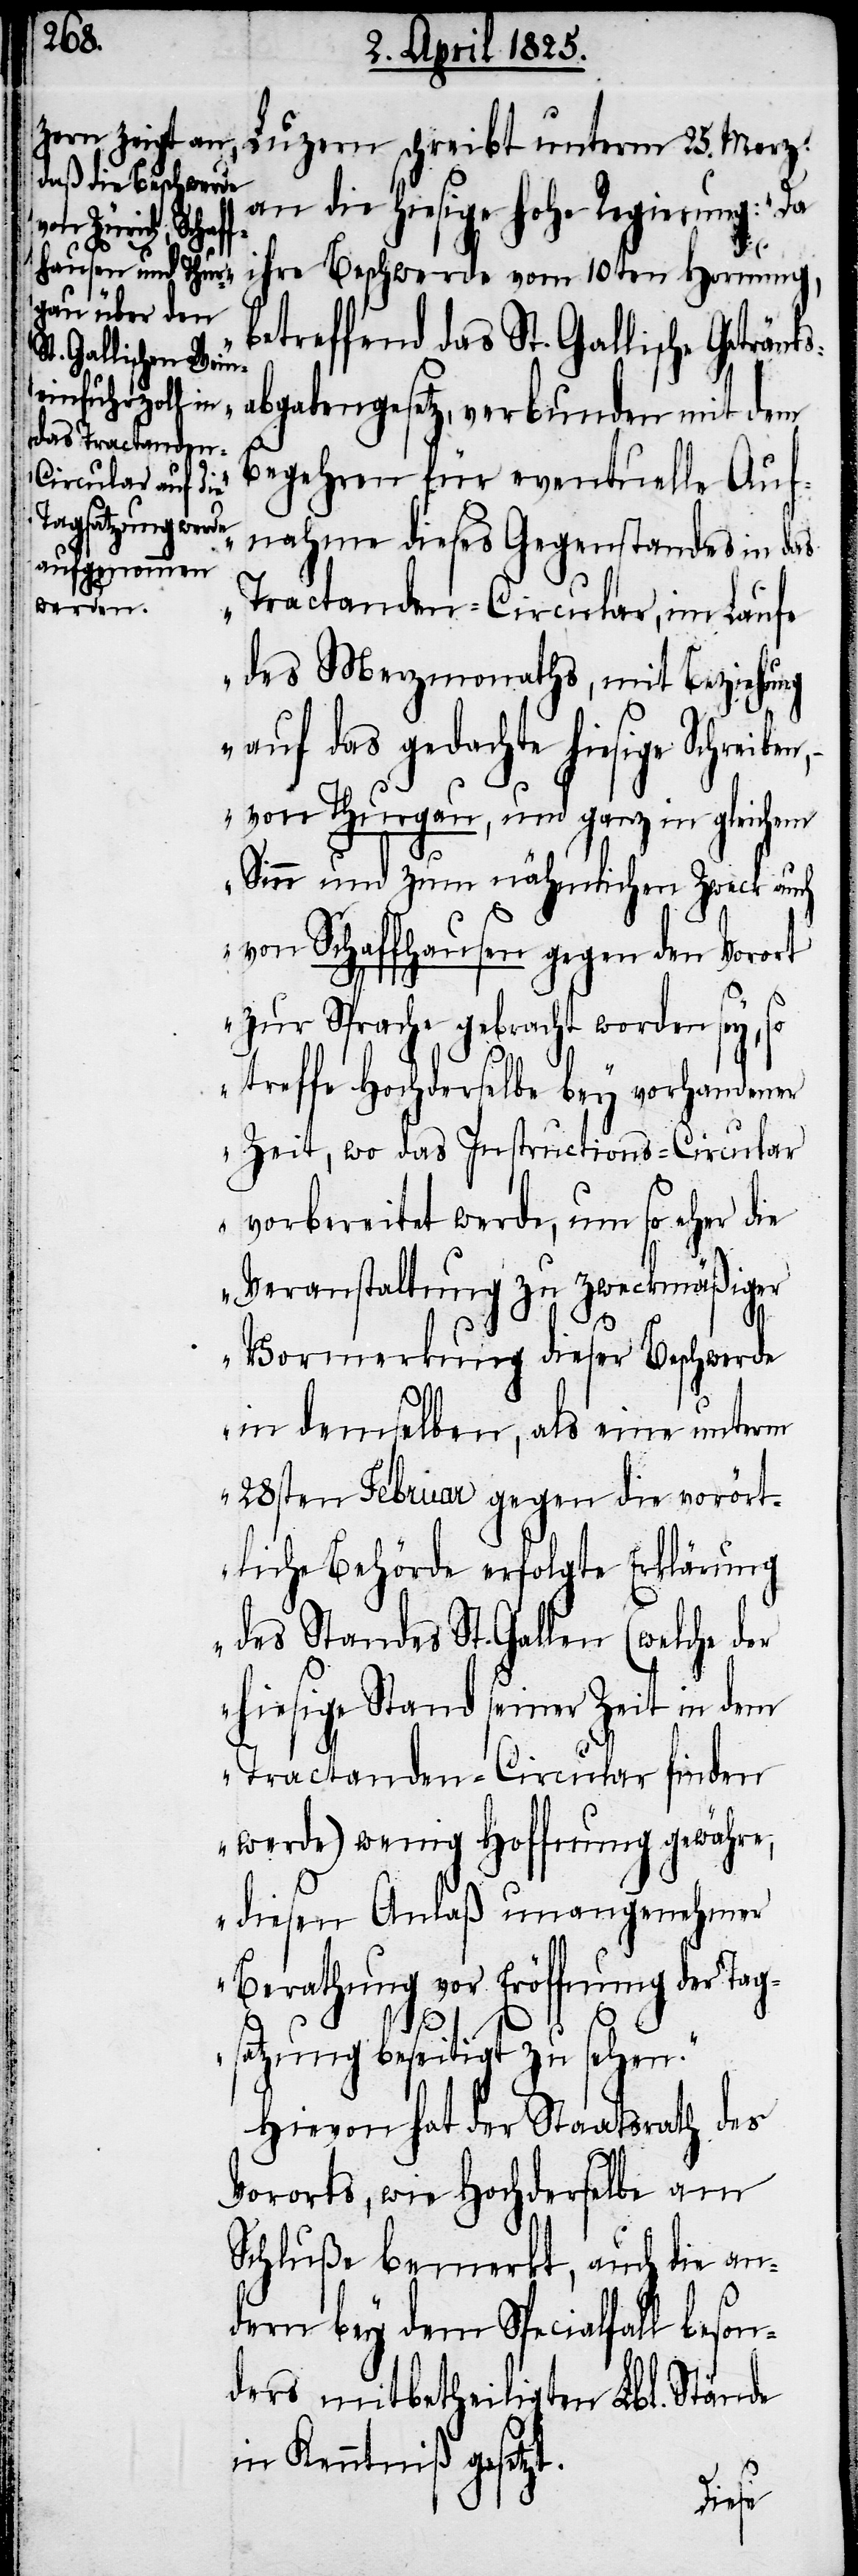
Luzern schreibt unterm 25. Merz
an die hiesige hohe Regierung: „Da
ihre Beschwerde vom 10ten Hornung,
betreffend das St. Gallische Getränk¬
abgabengesetz, verbunden mit dem
Begehren für eventuelle Auf¬
nahme dieses Gegenstandes in das
Tractanden-Circular, im Laufe
des Merzmonaths, mit Beziehung
auf das gedachte hiesige Schreiben,
von Thurgau, und ganz in gleichem
Sinn und zum nähmlichen Zweck auch
von Schaffhausen gegen den Vorort
zur Sprache gebracht worden sey,
treffe Hochderselbe bey vorhandener
Zeit, wo das Instructions-Circular
vorbereitet werde, um so eher die
Veranstaltung zu zweckmäßiger
Vormerkung dieser Beschwerde
in demselben, als eine unterm
28sten Februar gegen die vorört¬
liche Behörde erfolgte Erklärung
des Standes St. Gallen (welche der
hiesige Stand seiner Zeit in dem
Tractanden-Circular finden
werde) wenig Hoffnung gewähre,
diesen Anlaß unangenehmer
Berathung vor Eröffnung der Tag¬
s¬
atzung beseitigt zu sehen.“
Hievon hat der Staatsrath des
Vororts, wie Hochderselbe am
Schluße bemerkt, auch die an¬
dern bey dem Specialfall beson¬
ders mitbetheiligten Lbl. Stände
in Kenntniß gesetzt.